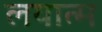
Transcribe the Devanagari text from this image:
लयात्म